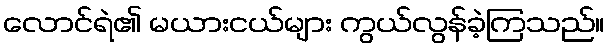
လောင်ရဲ၏ မယားငယ်များ ကွယ်လွန်ခဲ့ကြသည်။